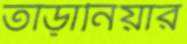
তাড়ানিয়ার